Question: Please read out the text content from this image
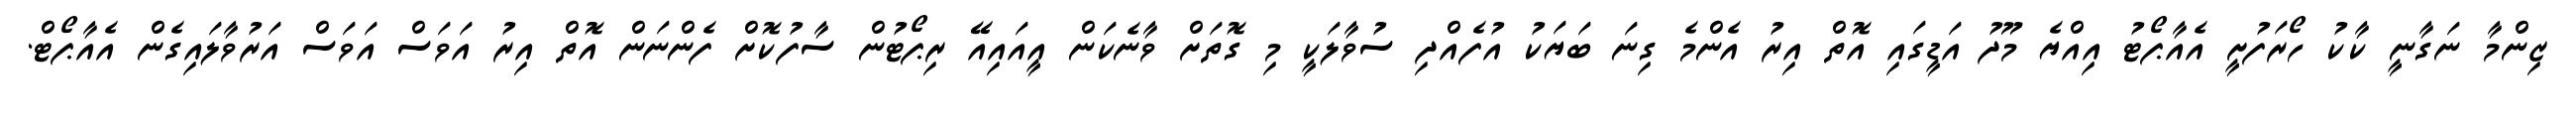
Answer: ޒިންމާ ނަގާނީ ކާކު ހޯރަފުށީ އެއާޕޯޓު އިއްޔެ މޫދު އަޑީގައި އޮތް އިރު އެންމެ ގިނަ ބަޔަކު އުފެއްދި ސުވާލަކީ މި ގޮތަށް ވާނެކަން އީއައިއޭ ރިޕޯޓުން ސާފުކޮށް ފެންނަން އޮތް އިރު އަވަސް އަވަސް އަރުވާލައިގެން އެއާޕޯޓް.